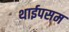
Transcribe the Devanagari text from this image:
थाईपसम